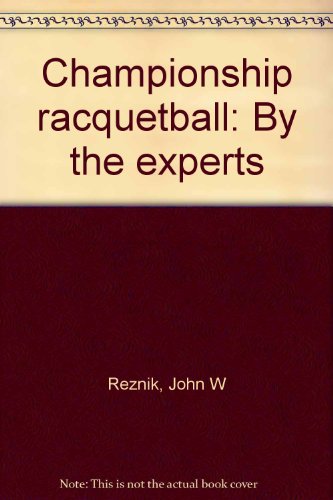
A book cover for Championship racquetball: By the experts; John W Reznik; Sports & Outdoors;